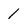
Character: 1